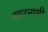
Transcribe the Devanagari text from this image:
सारनामी